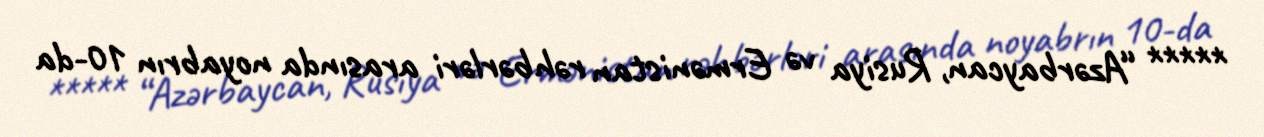
***** “Azərbaycan, Rusiya və Ermənistan rəhbərləri arasında noyabrın 10-da